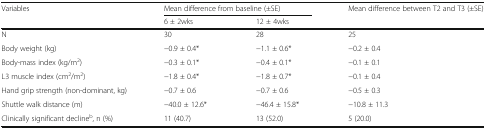
<table><thead><tr><td rowspan="2"><b>Variables</b></td><td colspan="2"><b>Mean difference from baseline (±SE)</b></td><td><b>Mean difference between T2 and T3 (±SE)</b></td></tr><tr><td><b>6 ± 2wks</b></td><td><b>12 ± 4wks</b></td><td></td></tr></thead><tbody><tr><td>N</td><td>30</td><td>28</td><td>25</td></tr><tr><td>Body weight (kg)</td><td>−0.9 ± 0.4*</td><td>−1.1 ± 0.6*</td><td>−0.2 ± 0.4</td></tr><tr><td>Body-mass index (kg/m<sup>2</sup>)</td><td>−0.3 ± 0.1*</td><td>−0.4 ± 0.1*</td><td>−0.1 ± 0.1</td></tr><tr><td>L3 muscle index (cm<sup>2</sup>/m<sup>2</sup>)</td><td>−1.8 ± 0.4*</td><td>−1.8 ± 0.7*</td><td>−0.1 ± 0.4</td></tr><tr><td>Hand grip strength (non-dominant, kg)</td><td>−0.7 ± 0.6</td><td>−0.7 ± 0.6</td><td>−0.5 ± 0.3</td></tr><tr><td>Shuttle walk distance (m)</td><td>−40.0 ± 12.6*</td><td>−46.4 ± 15.8*</td><td>−10.8 ± 11.3</td></tr><tr><td>Clinically significant decline<sup>b</sup>, n (%)</td><td>11 (40.7)</td><td>13 (52.0)</td><td>5 (20.0)</td></tr></tbody></table>